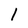
Character: l